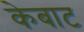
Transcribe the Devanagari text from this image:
केबाट